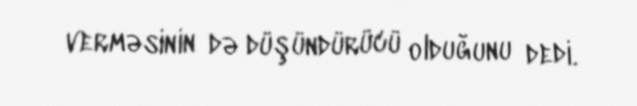
verməsinin də düşündürücü olduğunu dedi.